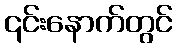
၎င်းနောက်တွင်